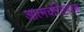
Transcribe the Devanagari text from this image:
आत्मचरितपरक